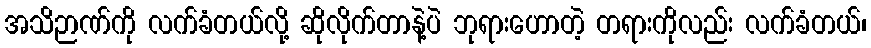
အသိဉာဏ်ကို လက်ခံတယ်လို့ ဆိုလိုက်တာနဲ့ပဲ ဘုရားဟောတဲ့ တရားကိုလည်း လက်ခံတယ်၊